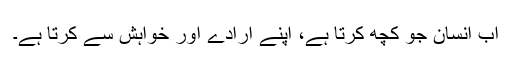
اب انسان جو کچھ کرتا ہے، اپنے ارادے اور خواہش سے کرتا ہے۔